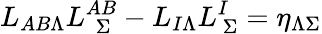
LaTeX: L_{AB\Lambda}L_{\ \ \Sigma}^{AB}-L_{I\Lambda}L_{\ \Sigma}^{I}=\eta_{\Lambda\Sigma}